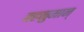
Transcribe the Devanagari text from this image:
बहनुमान्